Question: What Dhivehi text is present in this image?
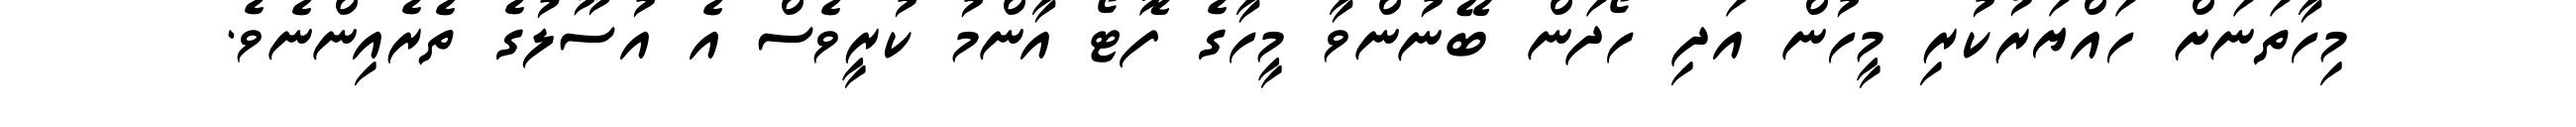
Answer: މިހާތަނަށް ހައްޔަރުކުރި މީހުން އަދި ހޯދަން ބޭނުންވާ މީހާގެ ފޮޓޯ އާންމު ކުރީވެސް އެ އުސޫލުގެ ތެރެއިންނެވެ.